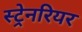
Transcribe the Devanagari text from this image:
स्ट्रेनरियर